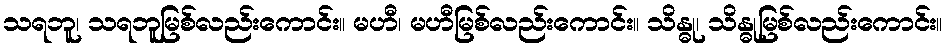
သရဘူ၊ သရဘူမြစ်လည်းကောင်း။ မဟီ၊ မဟီမြစ်လည်းကောင်း။ သိန္ဓု၊ သိန္ဓုမြစ်လည်းကောင်း။